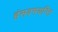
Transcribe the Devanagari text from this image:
हंसदमयन्ति